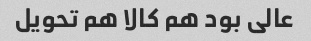
عالی بود هم کالا هم تحویل